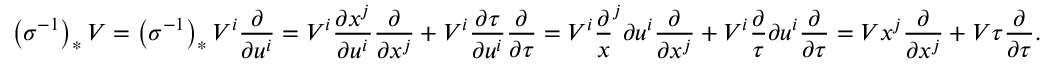
\left( \sigma ^ { - 1 } \right) _ { * } V = \left( \sigma ^ { - 1 } \right) _ { * } V ^ { i } { \frac { \partial } { \partial u ^ { i } } } = V ^ { i } { \frac { \partial x ^ { j } } { \partial u ^ { i } } } { \frac { \partial } { \partial x ^ { j } } } + V ^ { i } { \frac { \partial \tau } { \partial u ^ { i } } } { \frac { \partial } { \partial \tau } } = V ^ { i } { \frac { \partial } { x } } ^ { j } { \partial u ^ { i } } { \frac { \partial } { \partial x ^ { j } } } + V ^ { i } { \frac { \partial } { \tau } } { \partial u ^ { i } } { \frac { \partial } { \partial \tau } } = V x ^ { j } { \frac { \partial } { \partial x ^ { j } } } + V \tau { \frac { \partial } { \partial \tau } } .